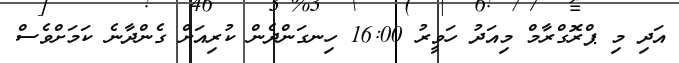
އަދި މި ޕްރޮގްރާމް މިއަދު ހަވީރު 16:00 ހިނގަންދެން ކުރިއަށް ގެންދާނެ ކަމަށްވެސް